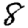
Digit: 8